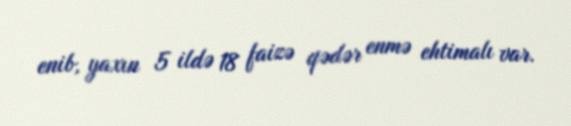
enib, yaxın 5 ildə 18 faizə qədər enmə ehtimalı var.